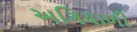
અગિયાળી